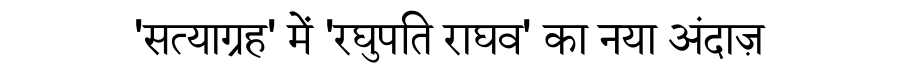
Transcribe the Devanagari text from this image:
'सत्याग्रह' में 'रघुपति राघव' का नया अंदाज़